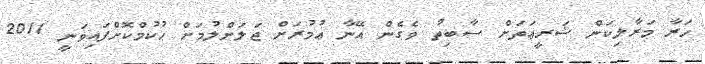
ހަރާ މަރާލިކަން ޝަރީޢަތަށް ސާބިތު ވެގެން އޭނާ ޢުމުރަށް ޖަލަށްލުމަށް ޙުކުމްކޮށްފައިވަނީ 2011